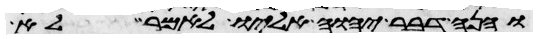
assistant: והנה דבר יהוה אליו לאמר לא